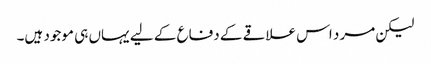
لیکن مرد اس علاقے کے دفاع کے لیے یہاں ہی موجود ہیں۔